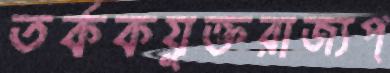
তর্ককযুক্তরাজ্যপ্